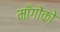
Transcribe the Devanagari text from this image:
माँगोंको